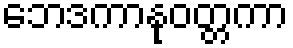
ဘေဒကာနုဝတ္တကာ